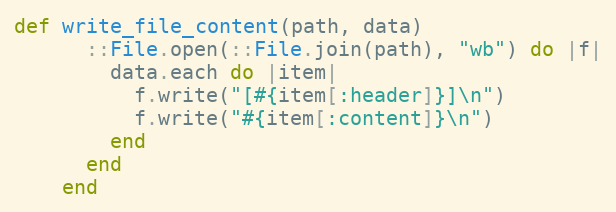
Language: Ruby
def write_file_content(path, data)
      ::File.open(::File.join(path), "wb") do |f|
        data.each do |item|
          f.write("[#{item[:header]}]\n")
          f.write("#{item[:content]}\n")
        end
      end
    end